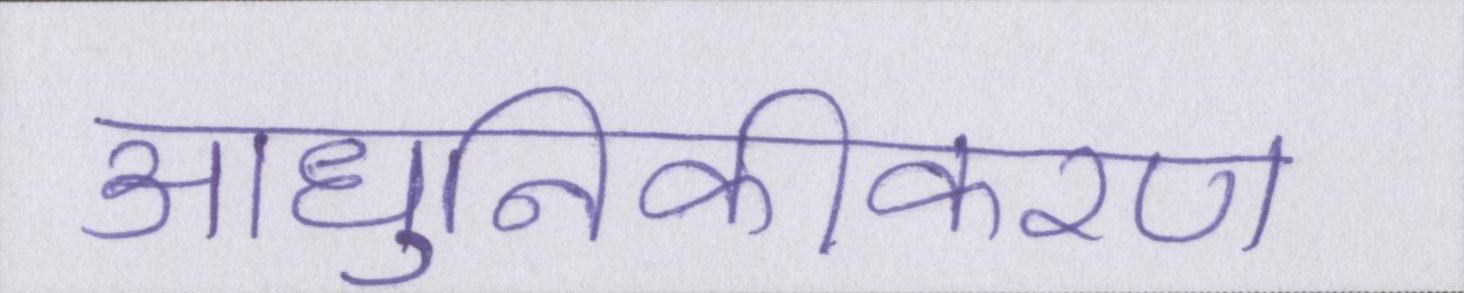
आधुनिकीकरण